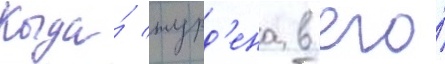
Когда́ журд'ена в его́